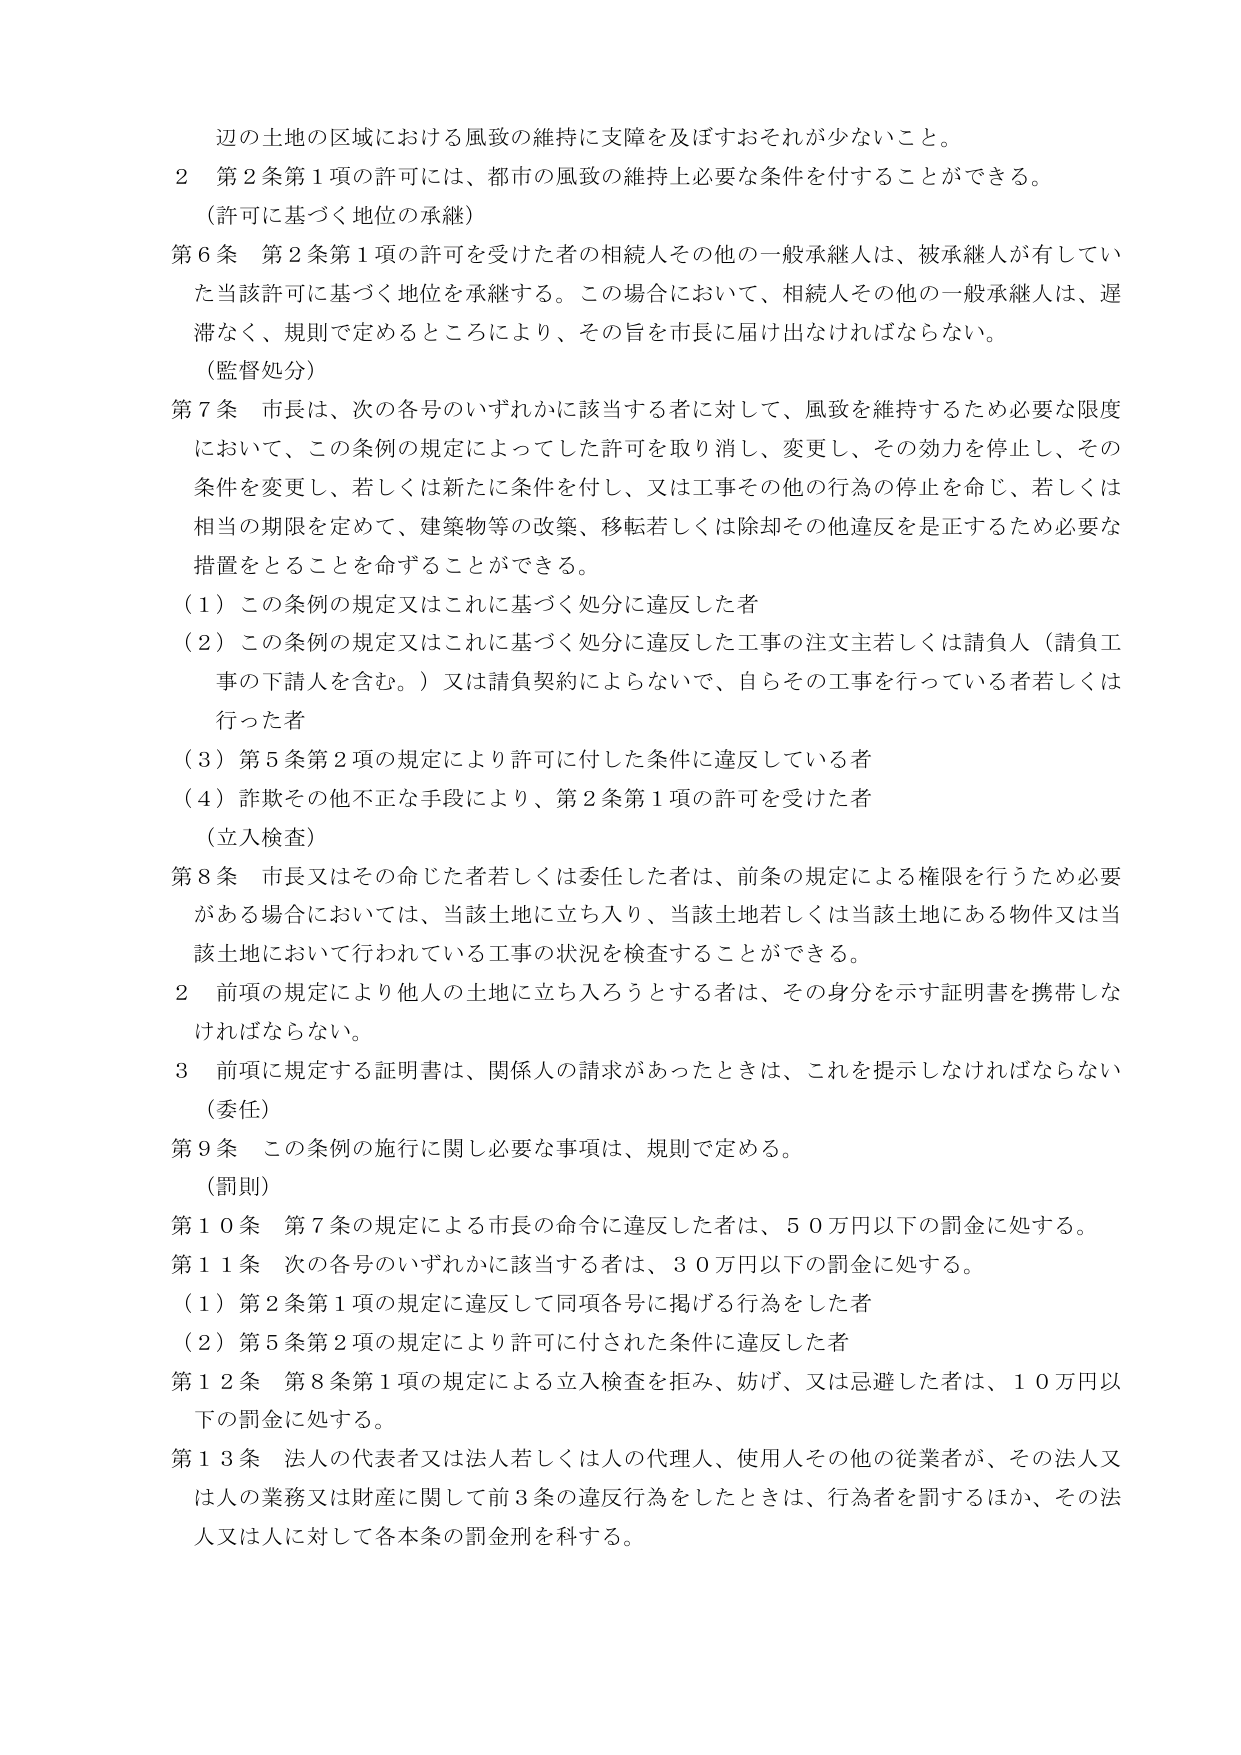
辺の土地の区域における風致の維持に支障を及ぼすおそれが少ないこと。

２ 第２条第１項の許可には、都市の風致の維持上必要な条件を付することができる。

（許可に基づく地位の承継）

第６条 第２条第１項の許可を受けた者の相続人その他的一般承継人は、被承継人が有していた当該許可に基づく地位を承継する。この場合において、相続人その他的一般承継人は、遅滞なく、規則で定めるところにより、その旨を市長に届け出なければならない。

（監督処分）

第７条 市長は、次の各号のいずれかに該当する者に対して、風致を維持するため必要な限度において、この条例の規定によってした許可を取り消し、変更し、その効力を停止し、その条件を変更し、若しくは新たに条件を付し、又は工事その他の行為の停止を命じ、若しくは相当の期限を定めて、建築物等の改築、移転若しくは除却その他違反を是正するため必要な措置をとることを命ずることができる。

（１）この条例の規定又はこれに基づく処分に違反した者

（２）この条例の規定又はこれに基づく処分に違反した工事の注文主若しくは請負人（請負工事の下請人を含む。）又は請負契約によらないで、自らその工事を行っている者若しくは行った者

（３）第５条第２項の規定により許可に付した条件に違反している者

（４）詐欺その他不正な手段により、第２条第１項の許可を受けた者

（立入検査）

第８条 市長又はその命じた者若しくは委任した者は、前条の規定による権限を行うため必要がある場合においては、当該土地に立ち入り、当該土地若しくは当該土地にある物件又は当該土地において行われている工事の状況を検査することができる。

２ 前項の規定により他人の土地に立ち入ろうとする者は、その身分を示す証明書を携帯しなければならない。

３ 前項に規定する証明書は、関係人の請求があったときは、これを提示しなければならない。

（委任）

第９条 この条例の施行に関し必要な事項は、規則で定める。

（罰則）

第１０条 第７条の規定による市長の命令に違反した者は、５０万円以下の罰金に処する。

第１１条 次の各号のいずれかに該当する者は、３０万円以下の罰金に処する。

（１）第２条第１項の規定に違反して同項各号に掲げる行為をした者

（２）第５条第２項の規定により許可に付された条件に違反した者

第１２条 第８条第１項の規定による立入検査を拒み、妨げ、又は忌避した者は、１０万円以下の罰金に処する。

第１３条 法人の代表者又は法人若しくは人の代理人、使用人その他の従業者が、その法人又は人の業務又は財産に関して前３条の違反行為をしたときは、行為者を罰するほか、その法人又は人に対して各本条の罰金刑を科する。